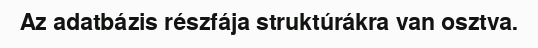
Az adatbázis részfája struktúrákra van osztva.